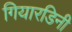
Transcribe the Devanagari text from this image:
गियारडिनी